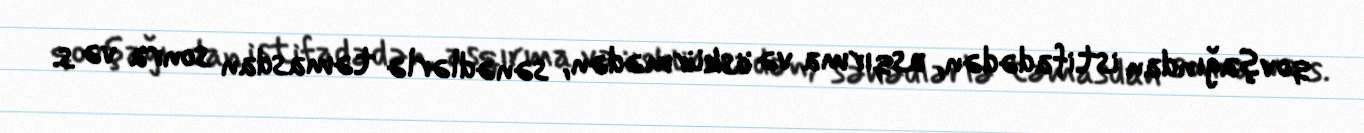
qovşağından istifadədən, asqırma və öskürmədən, sənədlərlə təmasdan sonra və s.